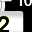
Digit: 2